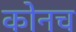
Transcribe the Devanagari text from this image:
कोनच